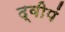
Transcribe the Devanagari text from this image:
द्वीपं